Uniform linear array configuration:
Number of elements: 64
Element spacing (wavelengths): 1
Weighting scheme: hann
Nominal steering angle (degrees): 60
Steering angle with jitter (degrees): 61.443
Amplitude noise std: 0.05
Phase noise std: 0.05

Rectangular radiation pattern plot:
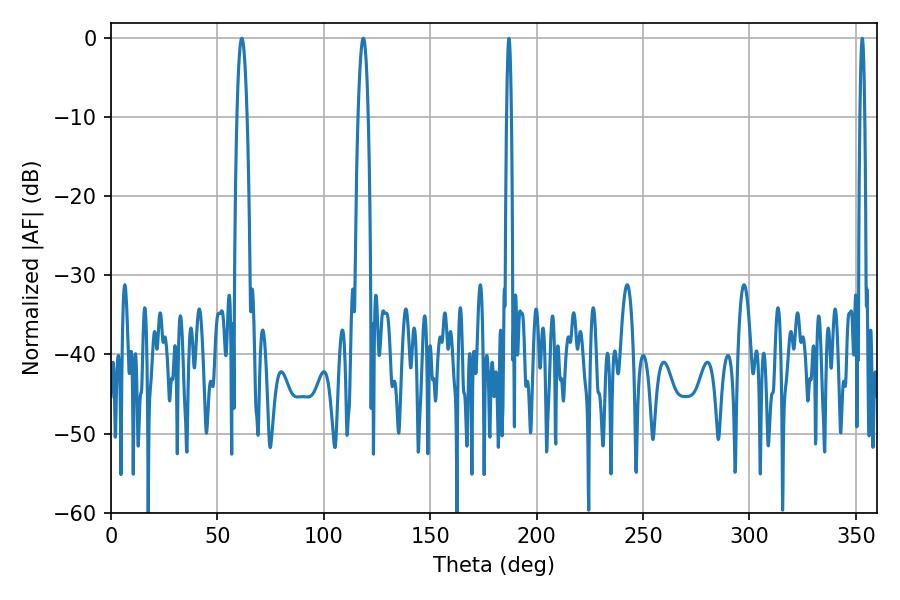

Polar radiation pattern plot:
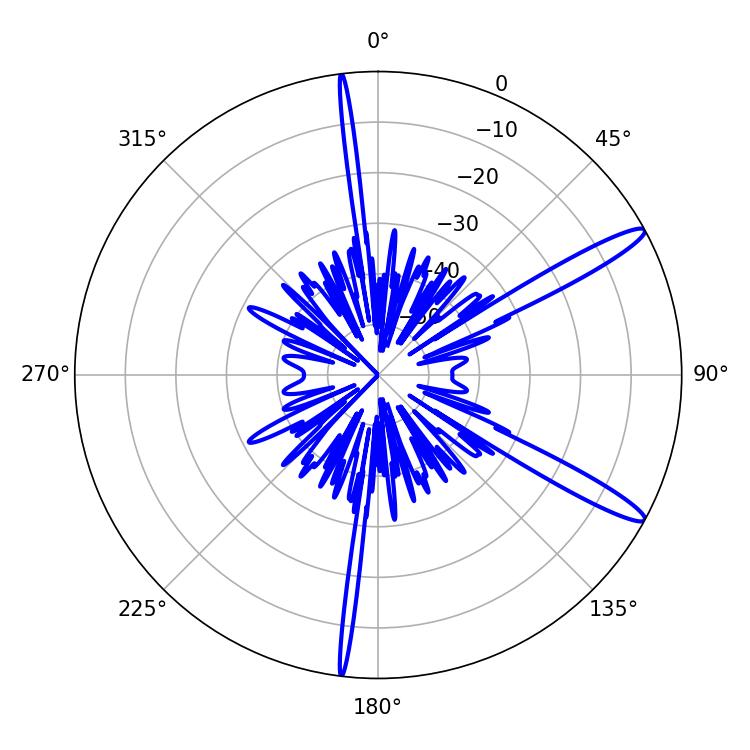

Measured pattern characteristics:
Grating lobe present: TRUE
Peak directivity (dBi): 13.858
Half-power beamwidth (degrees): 2.7
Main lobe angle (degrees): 61.38